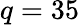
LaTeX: q=35